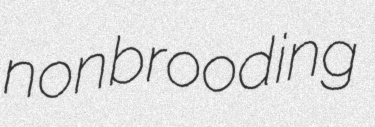
nonbrooding